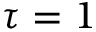
\tau = 1